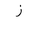
Letter: _zay